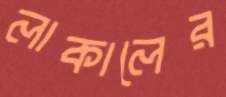
লাকালের